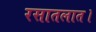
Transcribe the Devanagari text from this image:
रसातलात।